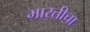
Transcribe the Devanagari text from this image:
भारतीचा